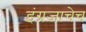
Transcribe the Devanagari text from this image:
इंग्रजाचेच